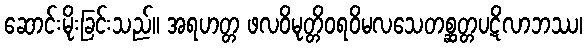
ဆောင်းမိုးခြင်းသည်။ အရဟတ္တ ဖလဝိမုတ္တိဝရဝိမလသေတစ္ဆတ္တပဋိလာဘဿ၊